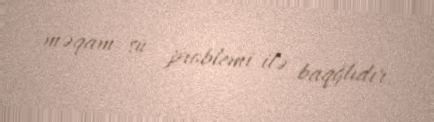
məqam su problemi ilə baqğlıdır.